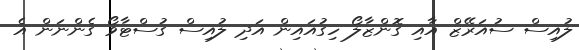
ލުއިސް ސުއަރޭޒް އާއި ގޮންޒާލޯ ހިގުއައިން އަދި ލުއިސް ގުސްޓާވޯ ގެންނަން އެ